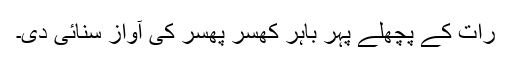
رات کے پچھلے پہر باہر کھُسر پھُسر کی آواز سنائی دی۔